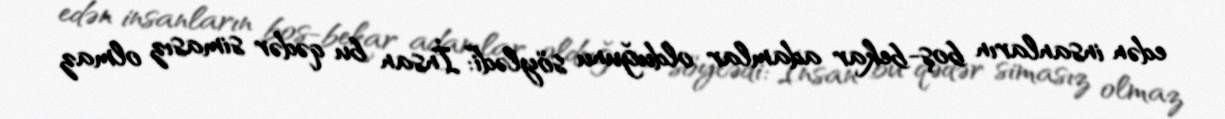
edən insanların boş-bekar adamlar olduğunu söylədi:“İnsan bu qədər simasız olmaz